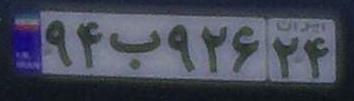
۹۴ب۹۲۶۲۴